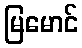
မြမောင်